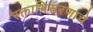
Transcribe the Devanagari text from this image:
रक्ताभिसरणाचे